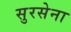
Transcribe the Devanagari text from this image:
सुरसेना